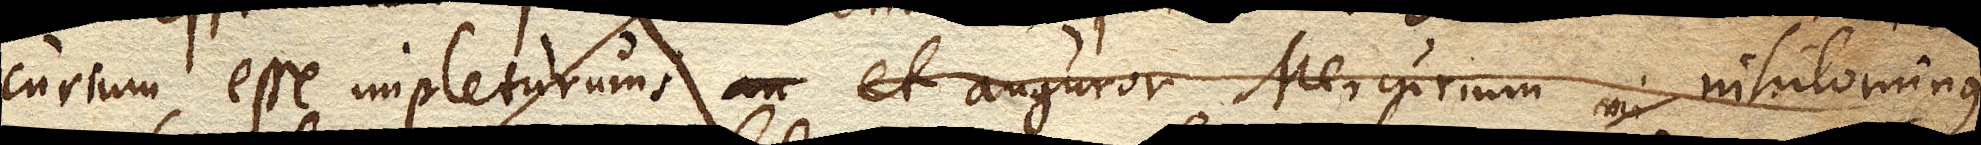
curium esse impleturum; et auguror Mercurium nihilominus